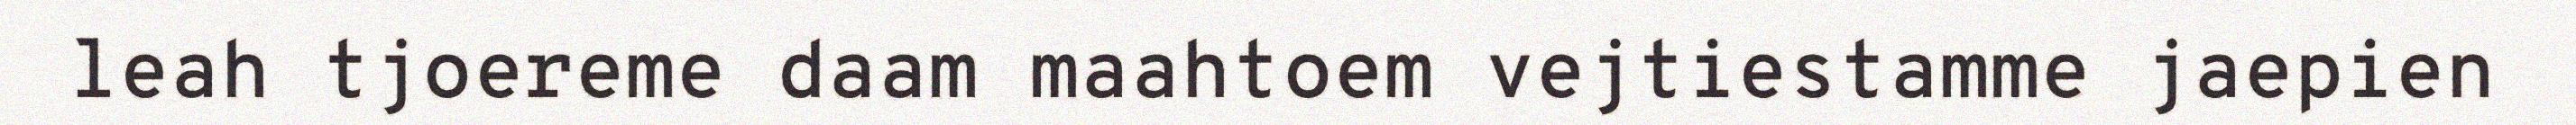
leah tjoereme daam maahtoem vejtiestamme jaepien